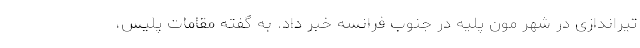
تیراندازی در شهر مون پلیه در جنوب فرانسه خبر داد. به گفته مقامات پلیس،